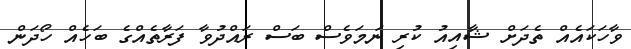
ވާހަކައެއް ތެދަށް ޝާއިއު ކުރި ނަމަވެސް ބަސް ރައްދުވާ ފަރާތެއްގެ ބަހެއް ހޯދަން